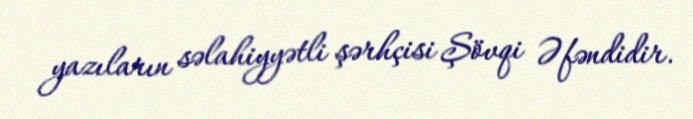
yazıların səlahiyyətli şərhçisi Şövqi Əfəndidir.